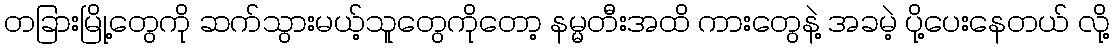
တခြားမြို့တွေကို ဆက်သွားမယ့်သူတွေကိုတော့ နမ္မတီးအထိ ကားတွေနဲ့ အခမဲ့ ပို့ပေးနေတယ် လို့